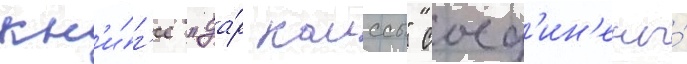
кн'и́г'е "да́р каиссы" соед'ин'ены́